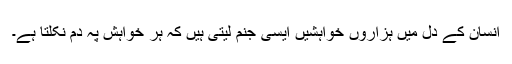
انسان کے دل میں ہزاروں خواہشیں ایسی جنم لیتی ہیں کہ ہر خواہش پہ دم نکلتا ہے۔